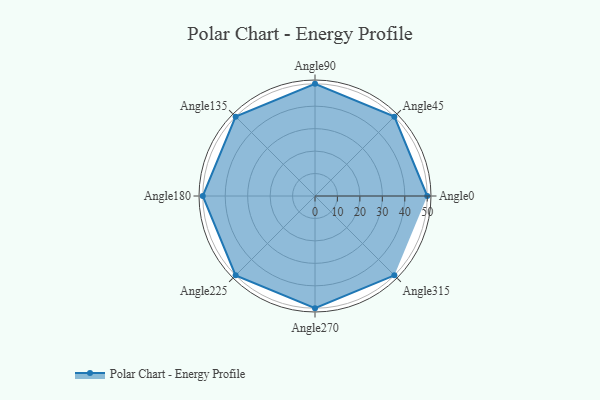
{"axis": {"x": "Angle", "y": "Radius"}, "legend": [""], "data": [{"x": "Angle0", "y": 50, "type": ""}, {"x": "Angle45", "y": 50, "type": ""}, {"x": "Angle90", "y": 50, "type": ""}, {"x": "Angle135", "y": 50, "type": ""}, {"x": "Angle180", "y": 50, "type": ""}, {"x": "Angle225", "y": 50, "type": ""}, {"x": "Angle270", "y": 50, "type": ""}, {"x": "Angle315", "y": 50, "type": ""}]}